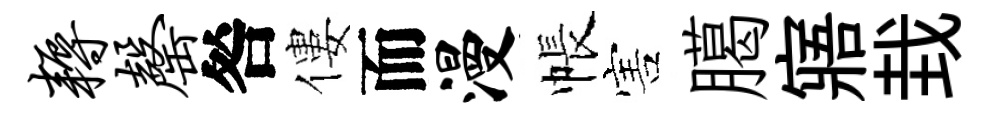
耨罄咎僂而漫帳害臈寤㘽